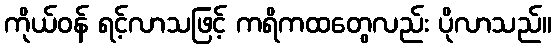
ကိုယ်ဝန် ရင့်လာသဖြင့် ကရိကထတွေလည်း ပိုလာသည်။